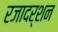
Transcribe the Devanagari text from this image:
रजादर्शन